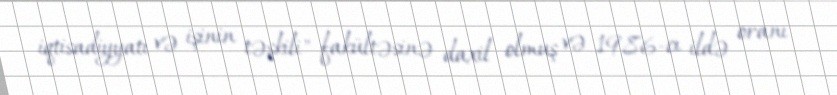
iqtisadiyyatı və işinin təşkili" fakültəsinə daxil olmuş və 1986-cı ildə oranı